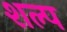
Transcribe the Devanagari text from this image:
शल्प